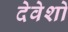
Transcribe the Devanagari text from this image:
देवेशो